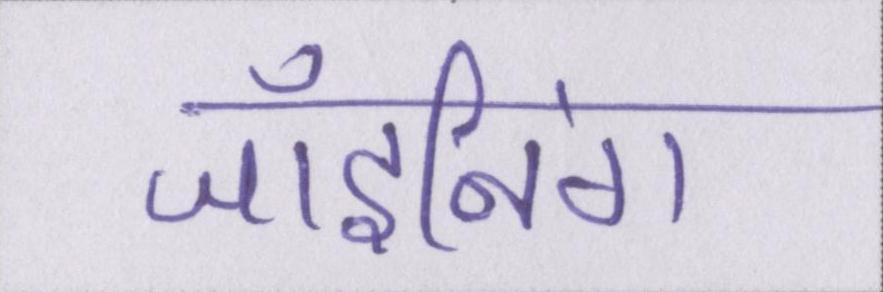
जॉइनिंग